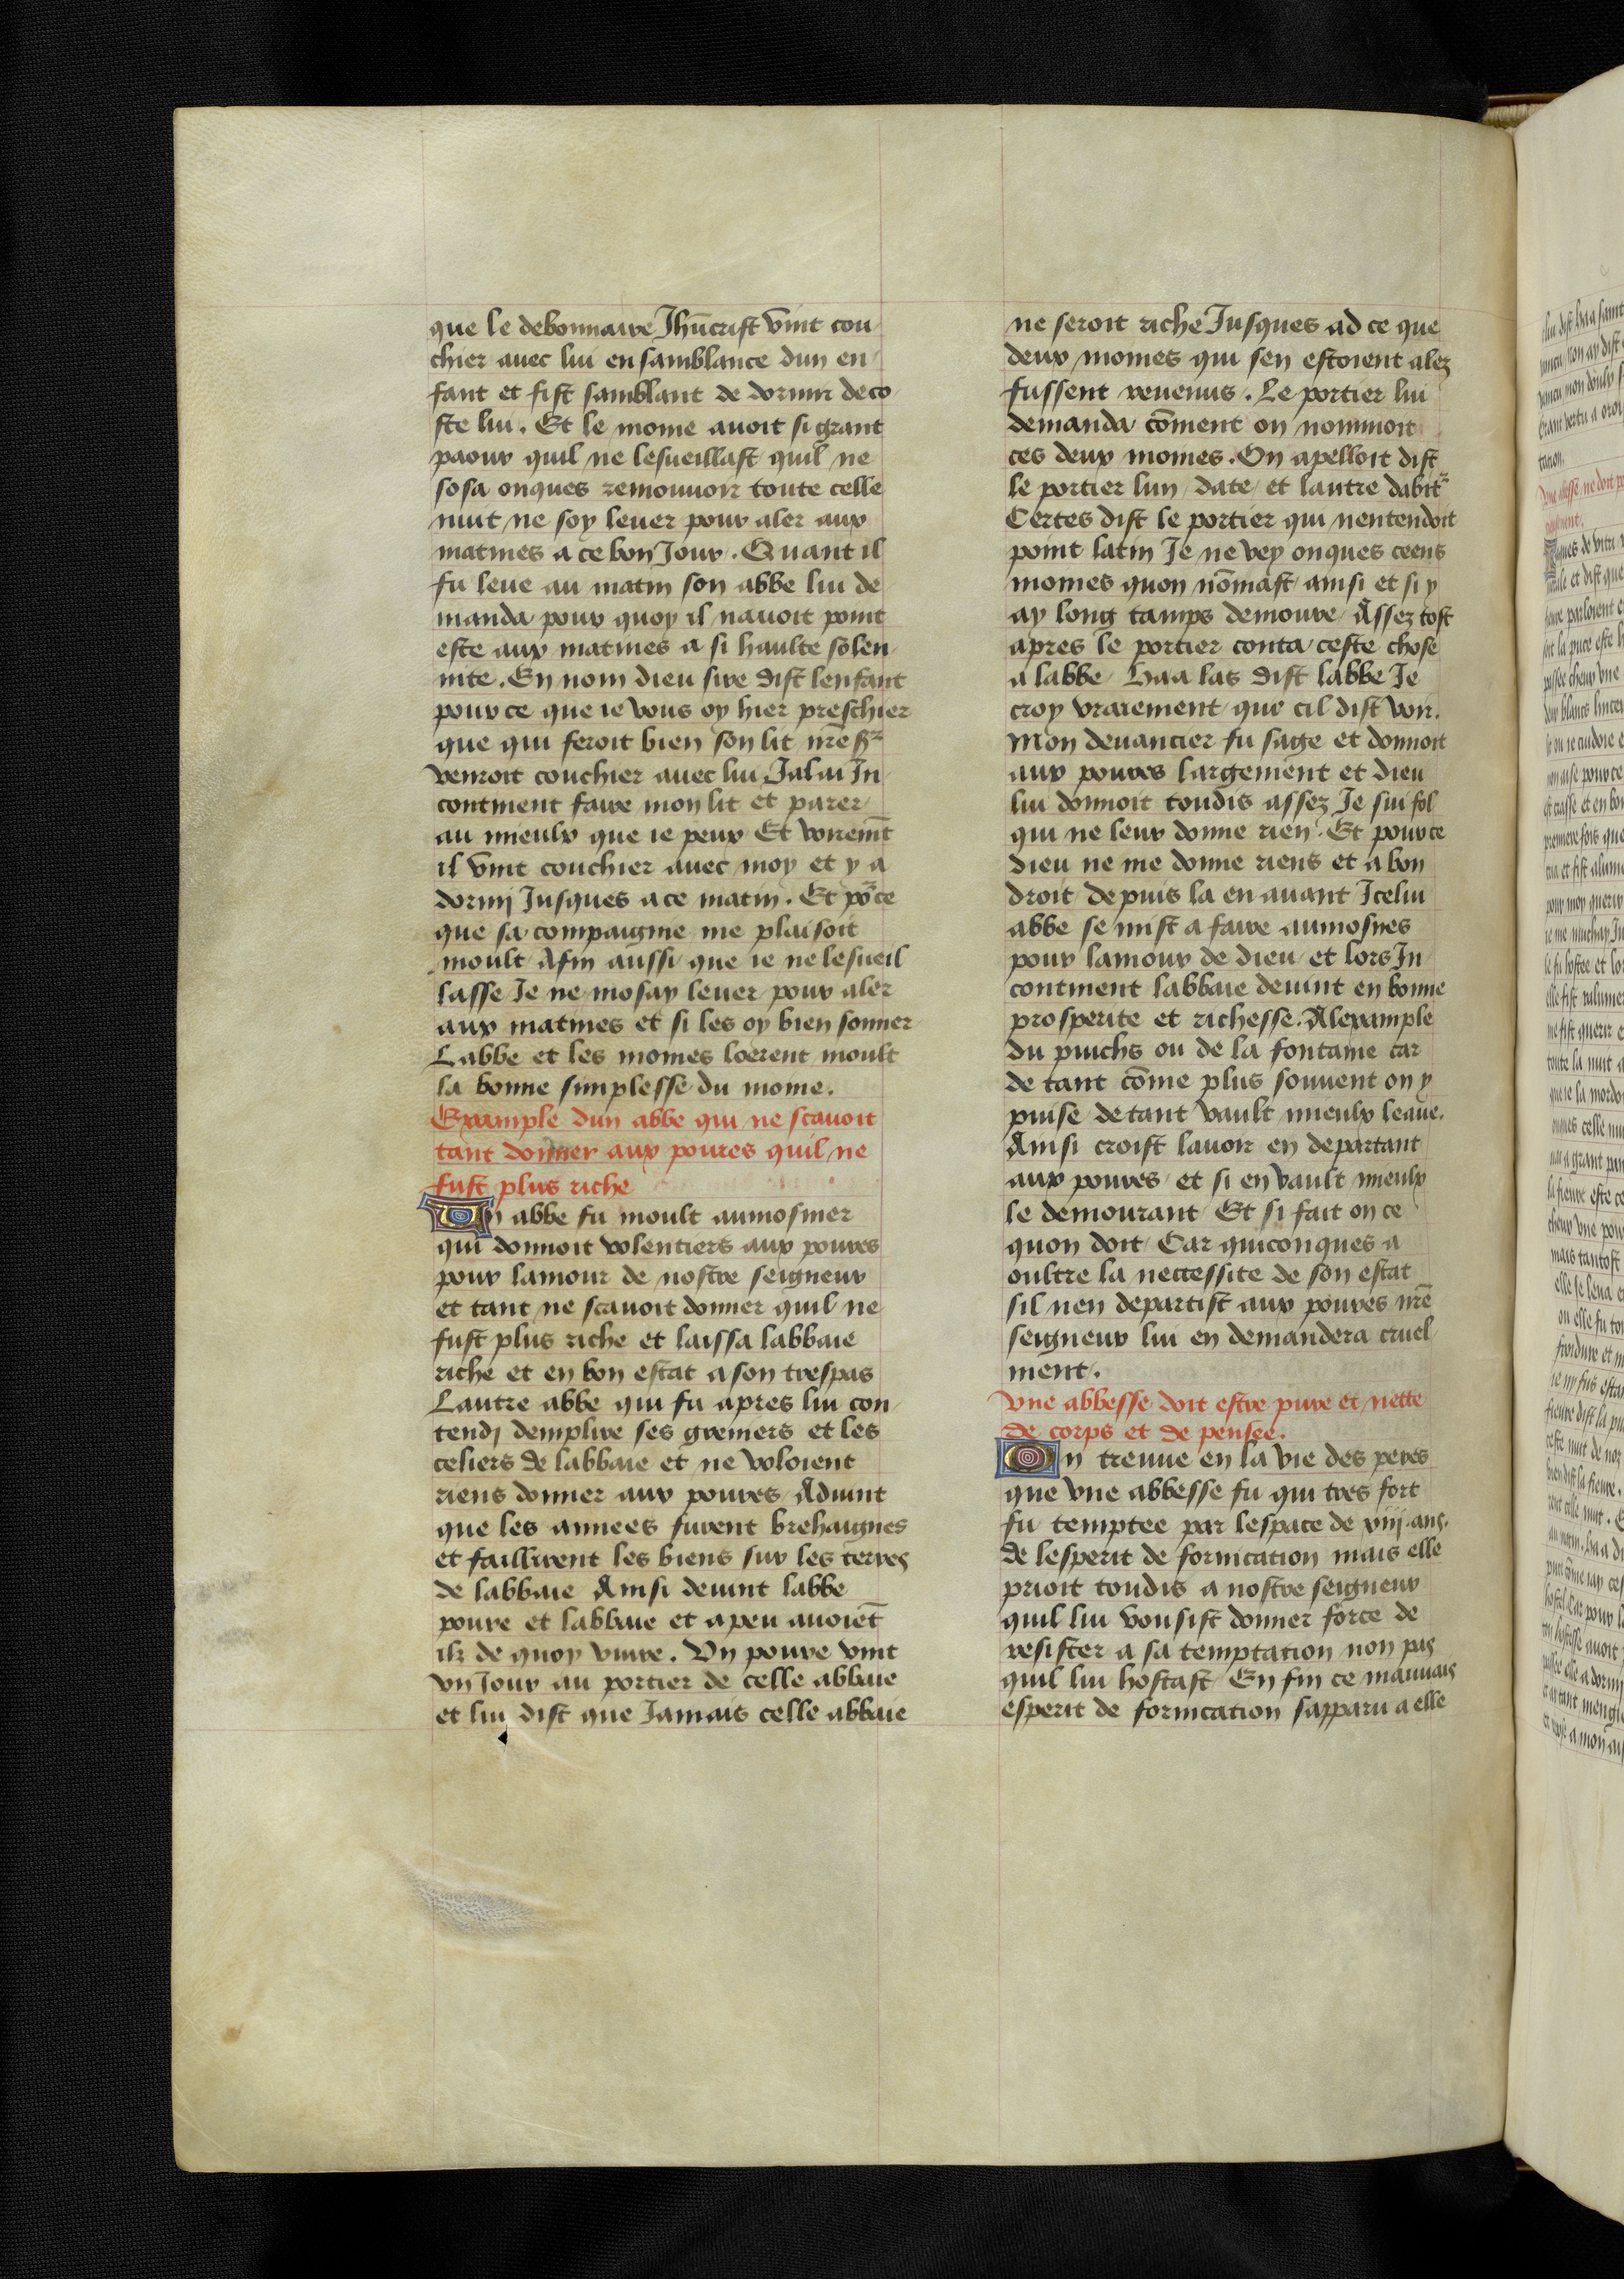
Shelfmark: Bruxelles, KBR, ms. 9232
Century: 15